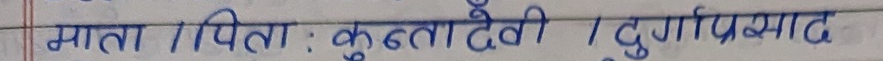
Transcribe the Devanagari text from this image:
माता / पिता : कुन्तादेवी | दुर्गाप्रसाद